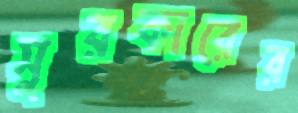
সুরকারের